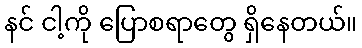
နင် ငါ့ကို ပြောစရာတွေ ရှိနေတယ်။